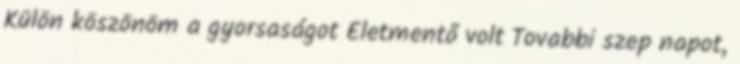
Külön köszönöm a gyorsaságot Életmentő volt Tovabbi szep napot,